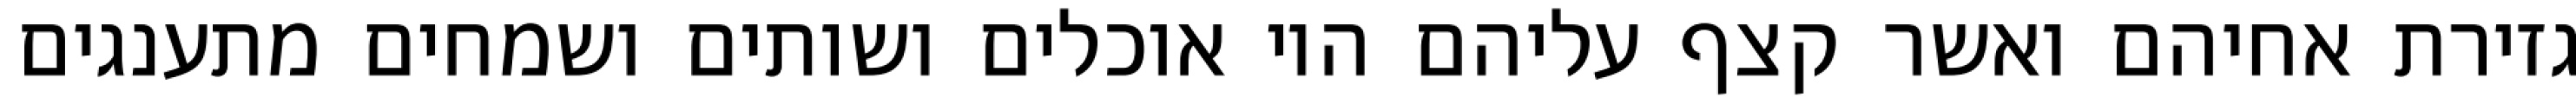
גזירת אחיהם ואשר קצף עליהם היו אוכלים ושותים ושמחים מתענגים